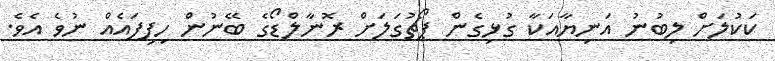
ކަކުލަށް ލިބުނު އަނިޔާއަކާ ގުޅިގެން ޕޯޗުގަލަށް ރޮނާލްޑޯގެ ބޭނުން ހިފިފައެއް ނުވެ އެވެ.